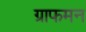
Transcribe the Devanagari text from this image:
ग्राफमन